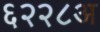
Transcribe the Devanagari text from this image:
६२२८अ